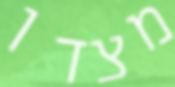
מצדו